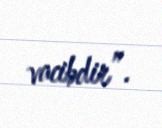
vacibdir”.